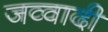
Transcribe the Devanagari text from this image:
जव्वादी